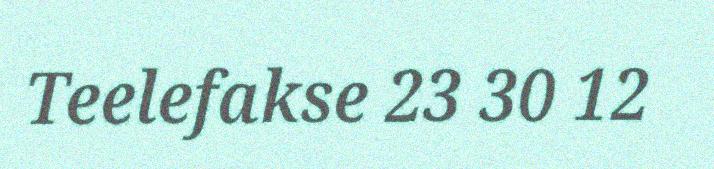
Teelefakse 23 30 12